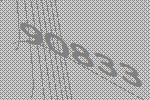
90833